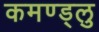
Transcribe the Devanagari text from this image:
कमण्ड्लु